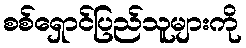
စစ်ရှောင်ပြည်သူများကို